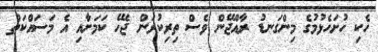
ހެކި ހުށަހެޅުމުގެ މިންގަނޑު ރާއްޖޭން ވެސް ތިރިކުރަން ޖެހޭ ކަމަށާއި އެ މަސައްކަތް